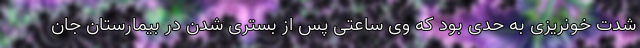
شدت خونریزی به حدی بود که وی ساعتی پس از بستری شدن در بیمارستان جان